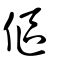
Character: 𢉴